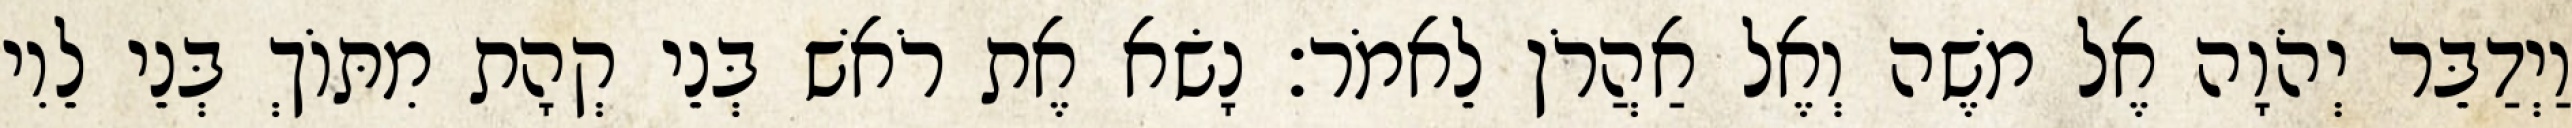
וַיְדַבֵּר יְהֹוָה אֶל משֶׁה וְאֶל אַהֲרֹן לֵאמֹר׃ נָשׂא אֶת רֹאשׁ בְּנֵי קְהָת מִתּוֹךְ בְּנֵי לֵוִי